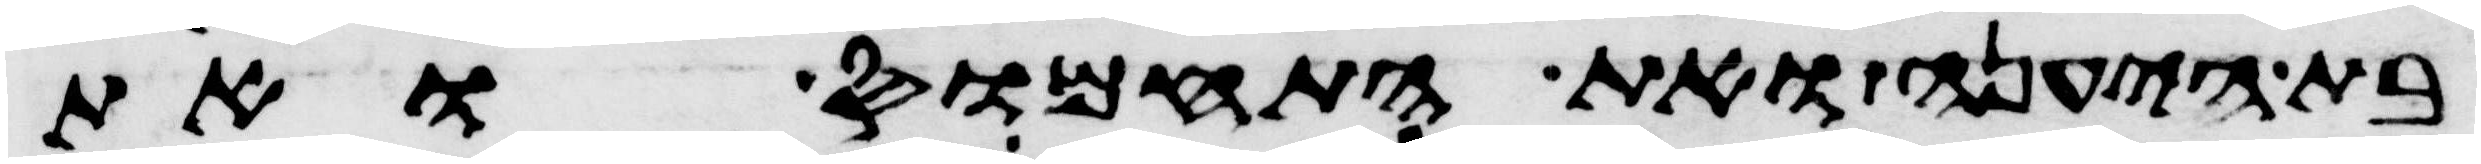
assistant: בת היענה ואת התחמוס ואת